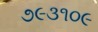
૭૯૩૧૦૯